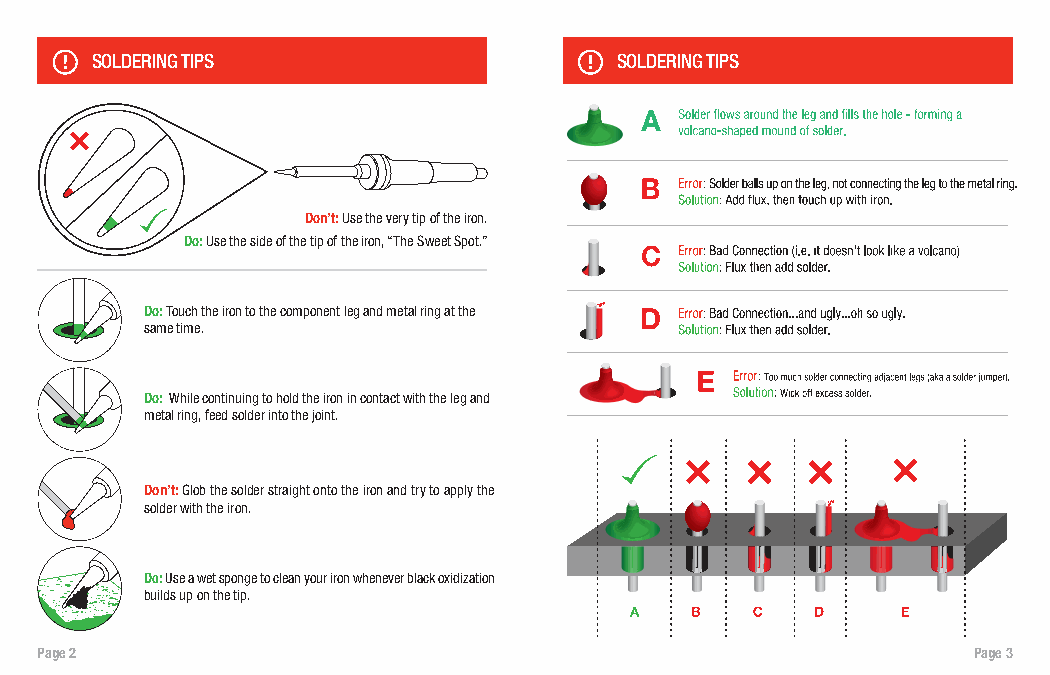
SOLDERING TIPS                     SOLDERING TIPS
 Don’t: Use the very tip of the iron.
 Do: Use the side of the tip of the iron, “The Sweet Spot.”
 Do: Touch the iron to the component leg and metal ring at the
 same time.
 Do: While continuing to hold the iron in contact with the leg and
 metal ring, feed solder into the joint.
 Don’t: Glob the solder straight onto the iron and try to apply the
 solder with the iron.
 Do: Use a wet sponge to clean your iron whenever black oxidization
 builds up on the tip.
 Page 2                                                        Page 3